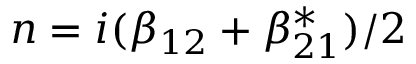
n = i ( \beta _ { 1 2 } + \beta _ { 2 1 } ^ { * } ) / 2